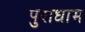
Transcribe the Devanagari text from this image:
पुराधाम